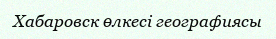
Хабаровск өлкесі географиясы